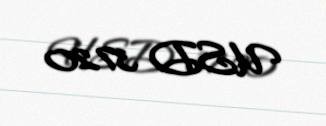
USD 3720